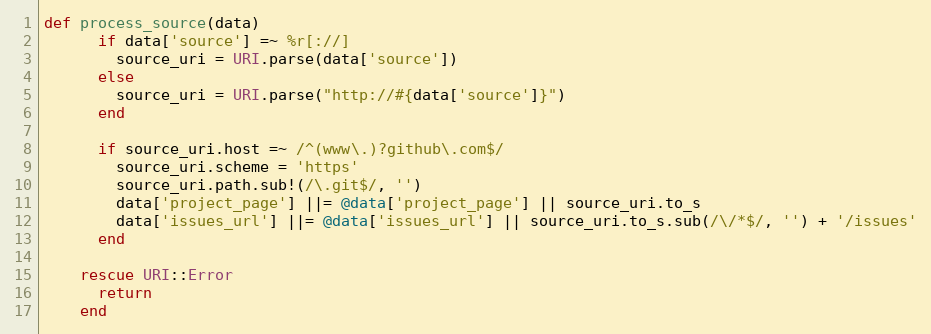
Language: Ruby
def process_source(data)
      if data['source'] =~ %r[://]
        source_uri = URI.parse(data['source'])
      else
        source_uri = URI.parse("http://#{data['source']}")
      end

      if source_uri.host =~ /^(www\.)?github\.com$/
        source_uri.scheme = 'https'
        source_uri.path.sub!(/\.git$/, '')
        data['project_page'] ||= @data['project_page'] || source_uri.to_s
        data['issues_url'] ||= @data['issues_url'] || source_uri.to_s.sub(/\/*$/, '') + '/issues'
      end

    rescue URI::Error
      return
    end